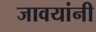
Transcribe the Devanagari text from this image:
जावयांनी